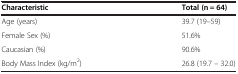
| Characteristic | Total (n = 64) |
 | --- | --- |
 | Age (years) | 39.7 (19–59) |
 | Female Sex (%) | 51.6% |
 | Caucasian (%) | 90.6% |
 | Body Mass Index (kg/m2) | 26.8 (19.7 – 32.0) |